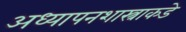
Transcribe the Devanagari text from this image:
अध्यापनशास्त्राकडे